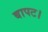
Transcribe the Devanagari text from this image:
बापट।